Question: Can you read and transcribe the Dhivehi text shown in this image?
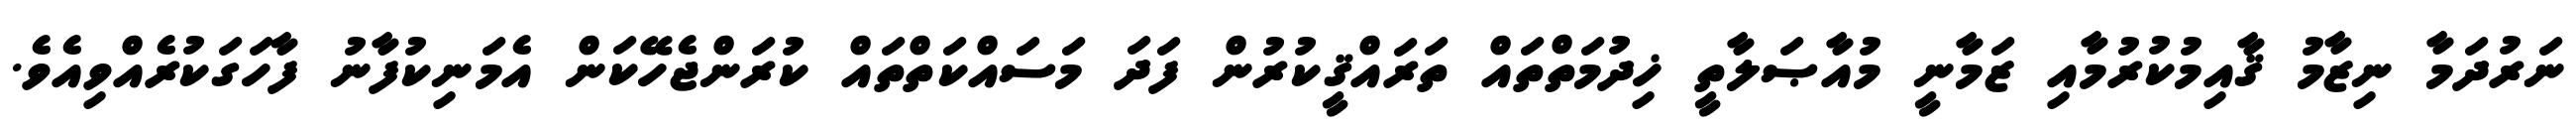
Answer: ނަރުދަމާ ނިޒާމު ޤާއިމުކުރުމާއި ޒަމާނީ މުއާޞަލާތީ ޚިދުމަތްތައް ތަރައްޤީކުރުން ފަދަ މަސައްކަތްތައް ކުރަންޖެހޭކަން އެމަނިކުފާނު ފާހަގަކުރެއްވިއެވެ.